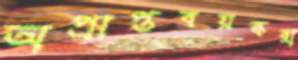
অপ্রাপ্তবয়স্করা